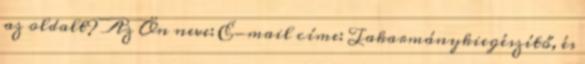
az oldalt? Az Ön neve: E-mail címe: Takarmánykiegészítő, és